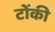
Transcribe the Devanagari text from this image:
टोंकी